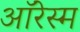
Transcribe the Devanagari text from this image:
ऑरेस्म